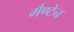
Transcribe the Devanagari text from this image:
मैण्टेन